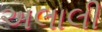
અલાલી